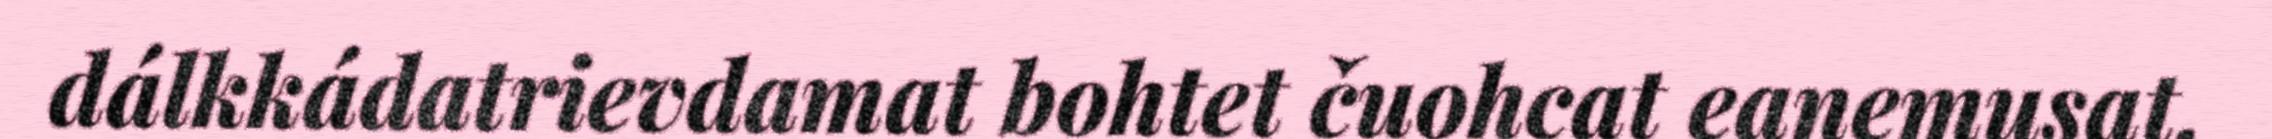
dálkkádatrievdamat bohtet čuohcat eanemusat.